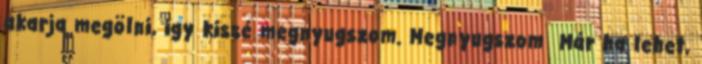
akarja megölni, igy kissé megnyugszom. Megnyugszom Már ha lehet,